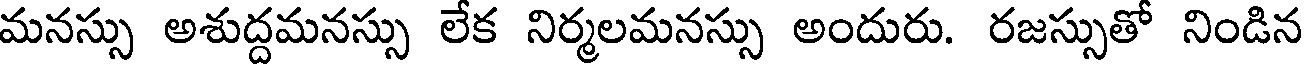
మనస్సు అశుద్దమనస్సు లేక నిర్మలమనస్సు అందురు. రజస్సుతో నిండిన